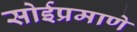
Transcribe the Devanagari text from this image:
सोईप्रमाणे